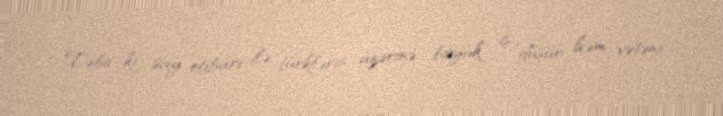
Təbii ki, say etibarı ilə türklərin üzərinə böyük iş düşür, həm vətəni